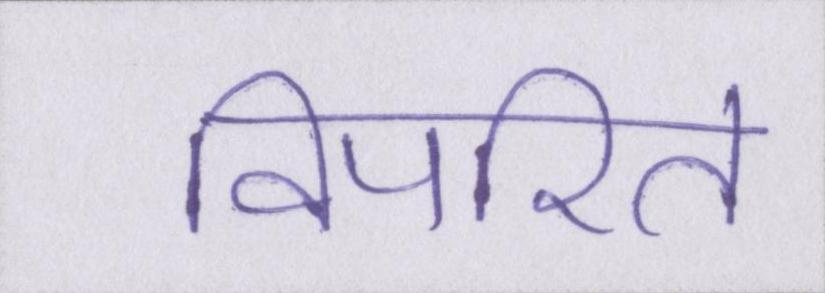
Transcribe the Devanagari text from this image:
विपरित